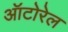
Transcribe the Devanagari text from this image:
ऑटोरेल